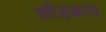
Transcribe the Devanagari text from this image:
छीड़काव